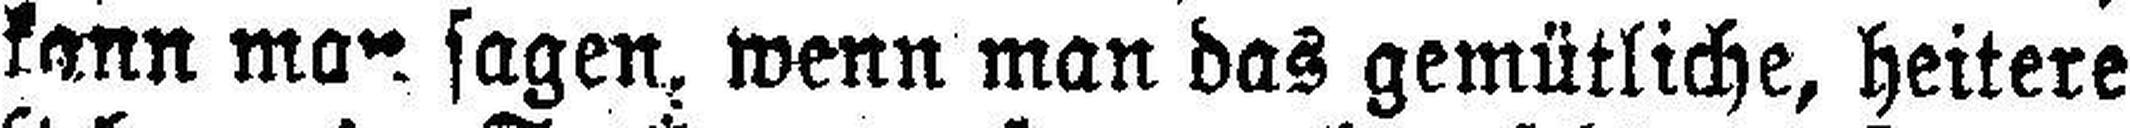
kann man sagen, wenn man das gemütliche, heitere